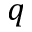
q